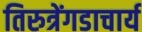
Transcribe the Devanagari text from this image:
तिरुत्रेंगडाचार्य